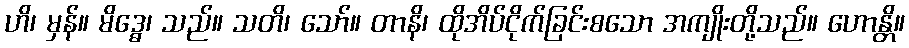
ဟိ၊ မှန်။ မိဒ္ဓေ၊ သည်။ သတိ၊ သော်။ တာနိ၊ ထိုအိပ်ငိုက်ခြင်းစသော အကျိုးတို့သည်။ ဟောန္တိ။